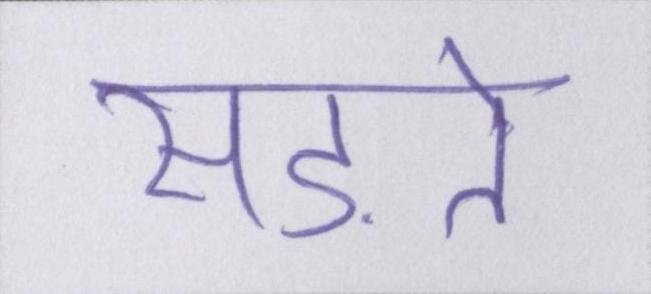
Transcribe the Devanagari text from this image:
सड़ते